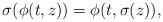
LaTeX: \begin{align*} \sigma(\phi(t,z)) = \phi(t,\sigma(z)),\end{align*}